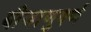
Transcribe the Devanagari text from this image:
बीजाणुवर्ण